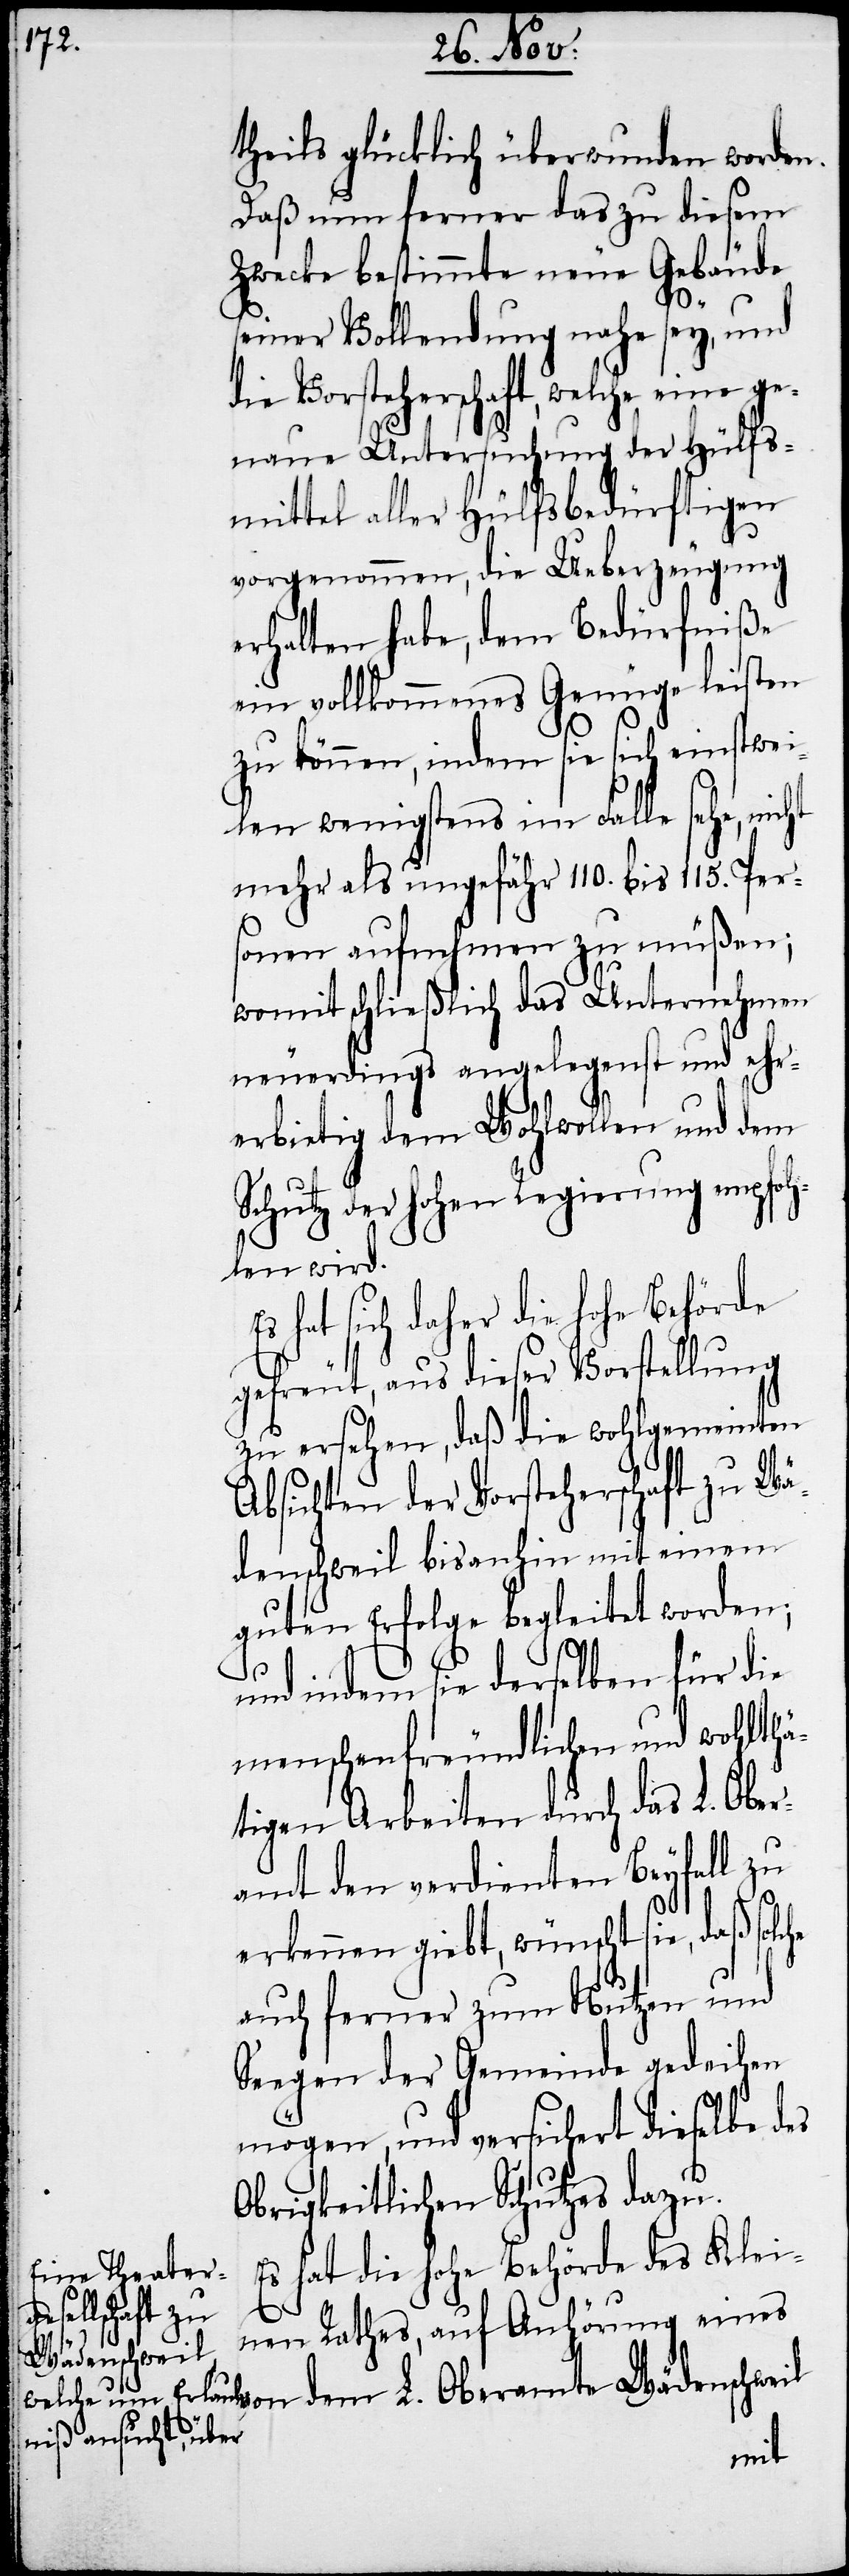
theils glücklich überwunden worden.
Daß nun ferner das zu diesem
Zwecke bestimmte neue Gebäude
d¬
seiner Vollendung nahe sey, und
ie Vorsteherschaft, welche eine ge¬
naue Untersuchung der Hülf¬
mittel aller Hülfsbedürftigen
vorgenommen, die Ueberzeugung
erhalten habe, dem Bedürfniße
ein vollkommenes Genüge leisten
zu können, indem sie sich einstwei¬
len wenigstens im Falle sehe, nicht
mehr als ungefähr 110. bis 115. Per¬
sonen aufnehmen zu müßen;
womit schließlich das Unternehmen
neuerdings angelegenst und ehr¬
erbietig dem Wohlwollen und dem
Schutz der hohen Regierung empfoh¬
len wird.
hat sich daher die hohe Behörde
Absichten der Vorsteherschaft zu Wä¬
denschweil bisanhin mit einem
guten Erfolge begleitet worden;
und indem sie derselben für die
menschenfreundlichen und wohlthä¬
tigen Arbeiten durch das L. Ober¬
amt den verdienten Beyfall zu
erkennen giebt, wünscht sie, daß solche
auch ferner zum Nutzen und
Seegen der Gemeinde gedeihen
mögen, und versichert dieselbe des
Obrigkeitlichen Schutzes dazu.
Es hat die hohe Behörde des Klei¬
nen Rathes, auf Anhörung eines
Wädenschweil